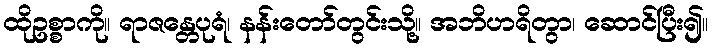
ထိုဥစ္စာကို။ ရာဇန္တေပုရံ၊ နန်းတော်တွင်းသို့။ အဘိဟရိတွာ၊ ဆောင်ပြီး၍။